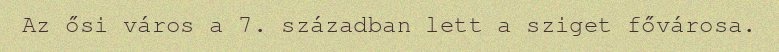
Az ősi város a 7. században lett a sziget fővárosa.